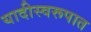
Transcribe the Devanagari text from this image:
यादीस्वरूपात